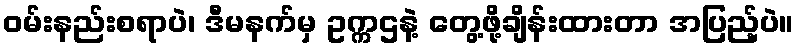
ဝမ်းနည်းစရာပဲ၊ ဒီမနက်မှ ဥက္ကဌနဲ့ တွေ့ဖို့ချိန်းထားတာ အပြည့်ပဲ။